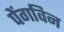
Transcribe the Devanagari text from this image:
पेंगविन